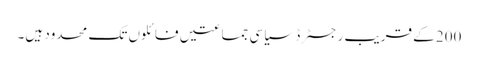
200 کے قریب رجسٹرڈ سیاسی جماعتیں فائلوں تک محدود ہیں۔